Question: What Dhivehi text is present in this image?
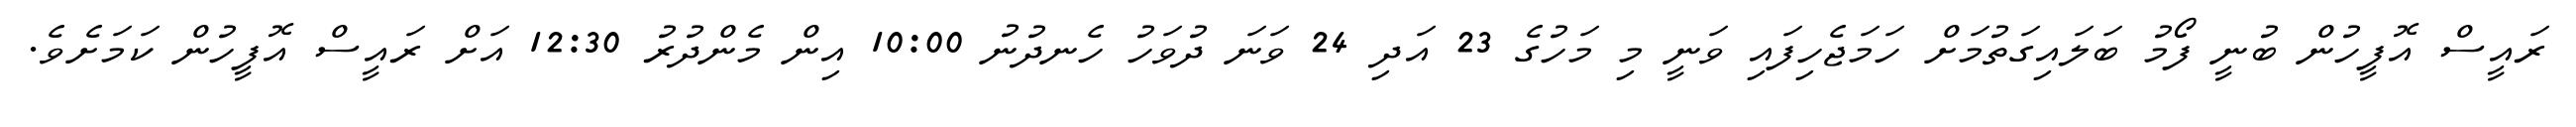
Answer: ރައީސް އޮފީހުން ބުނީ ފޯމު ބަލައިގަތުމަށް ހަމަޖެހިފައި ވަނީ މި މަހުގެ 23 އަދި 24 ވަނަ ދުވަހު ހެނދުނު 10:00 އިން މެންދުރު 12:30 އަށް ރައީސް އޮފީހުން ކަމަށެވެ.